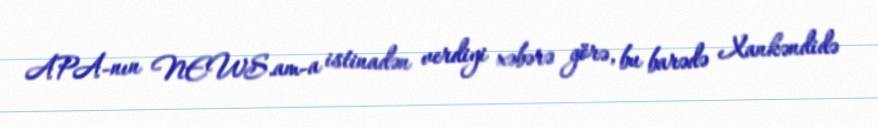
APA-nın NEWS.am-a istinadən verdiyi xəbərə görə, bu barədə Xankəndidə